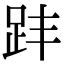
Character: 𧿣